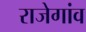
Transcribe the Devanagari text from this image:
राजेगांव